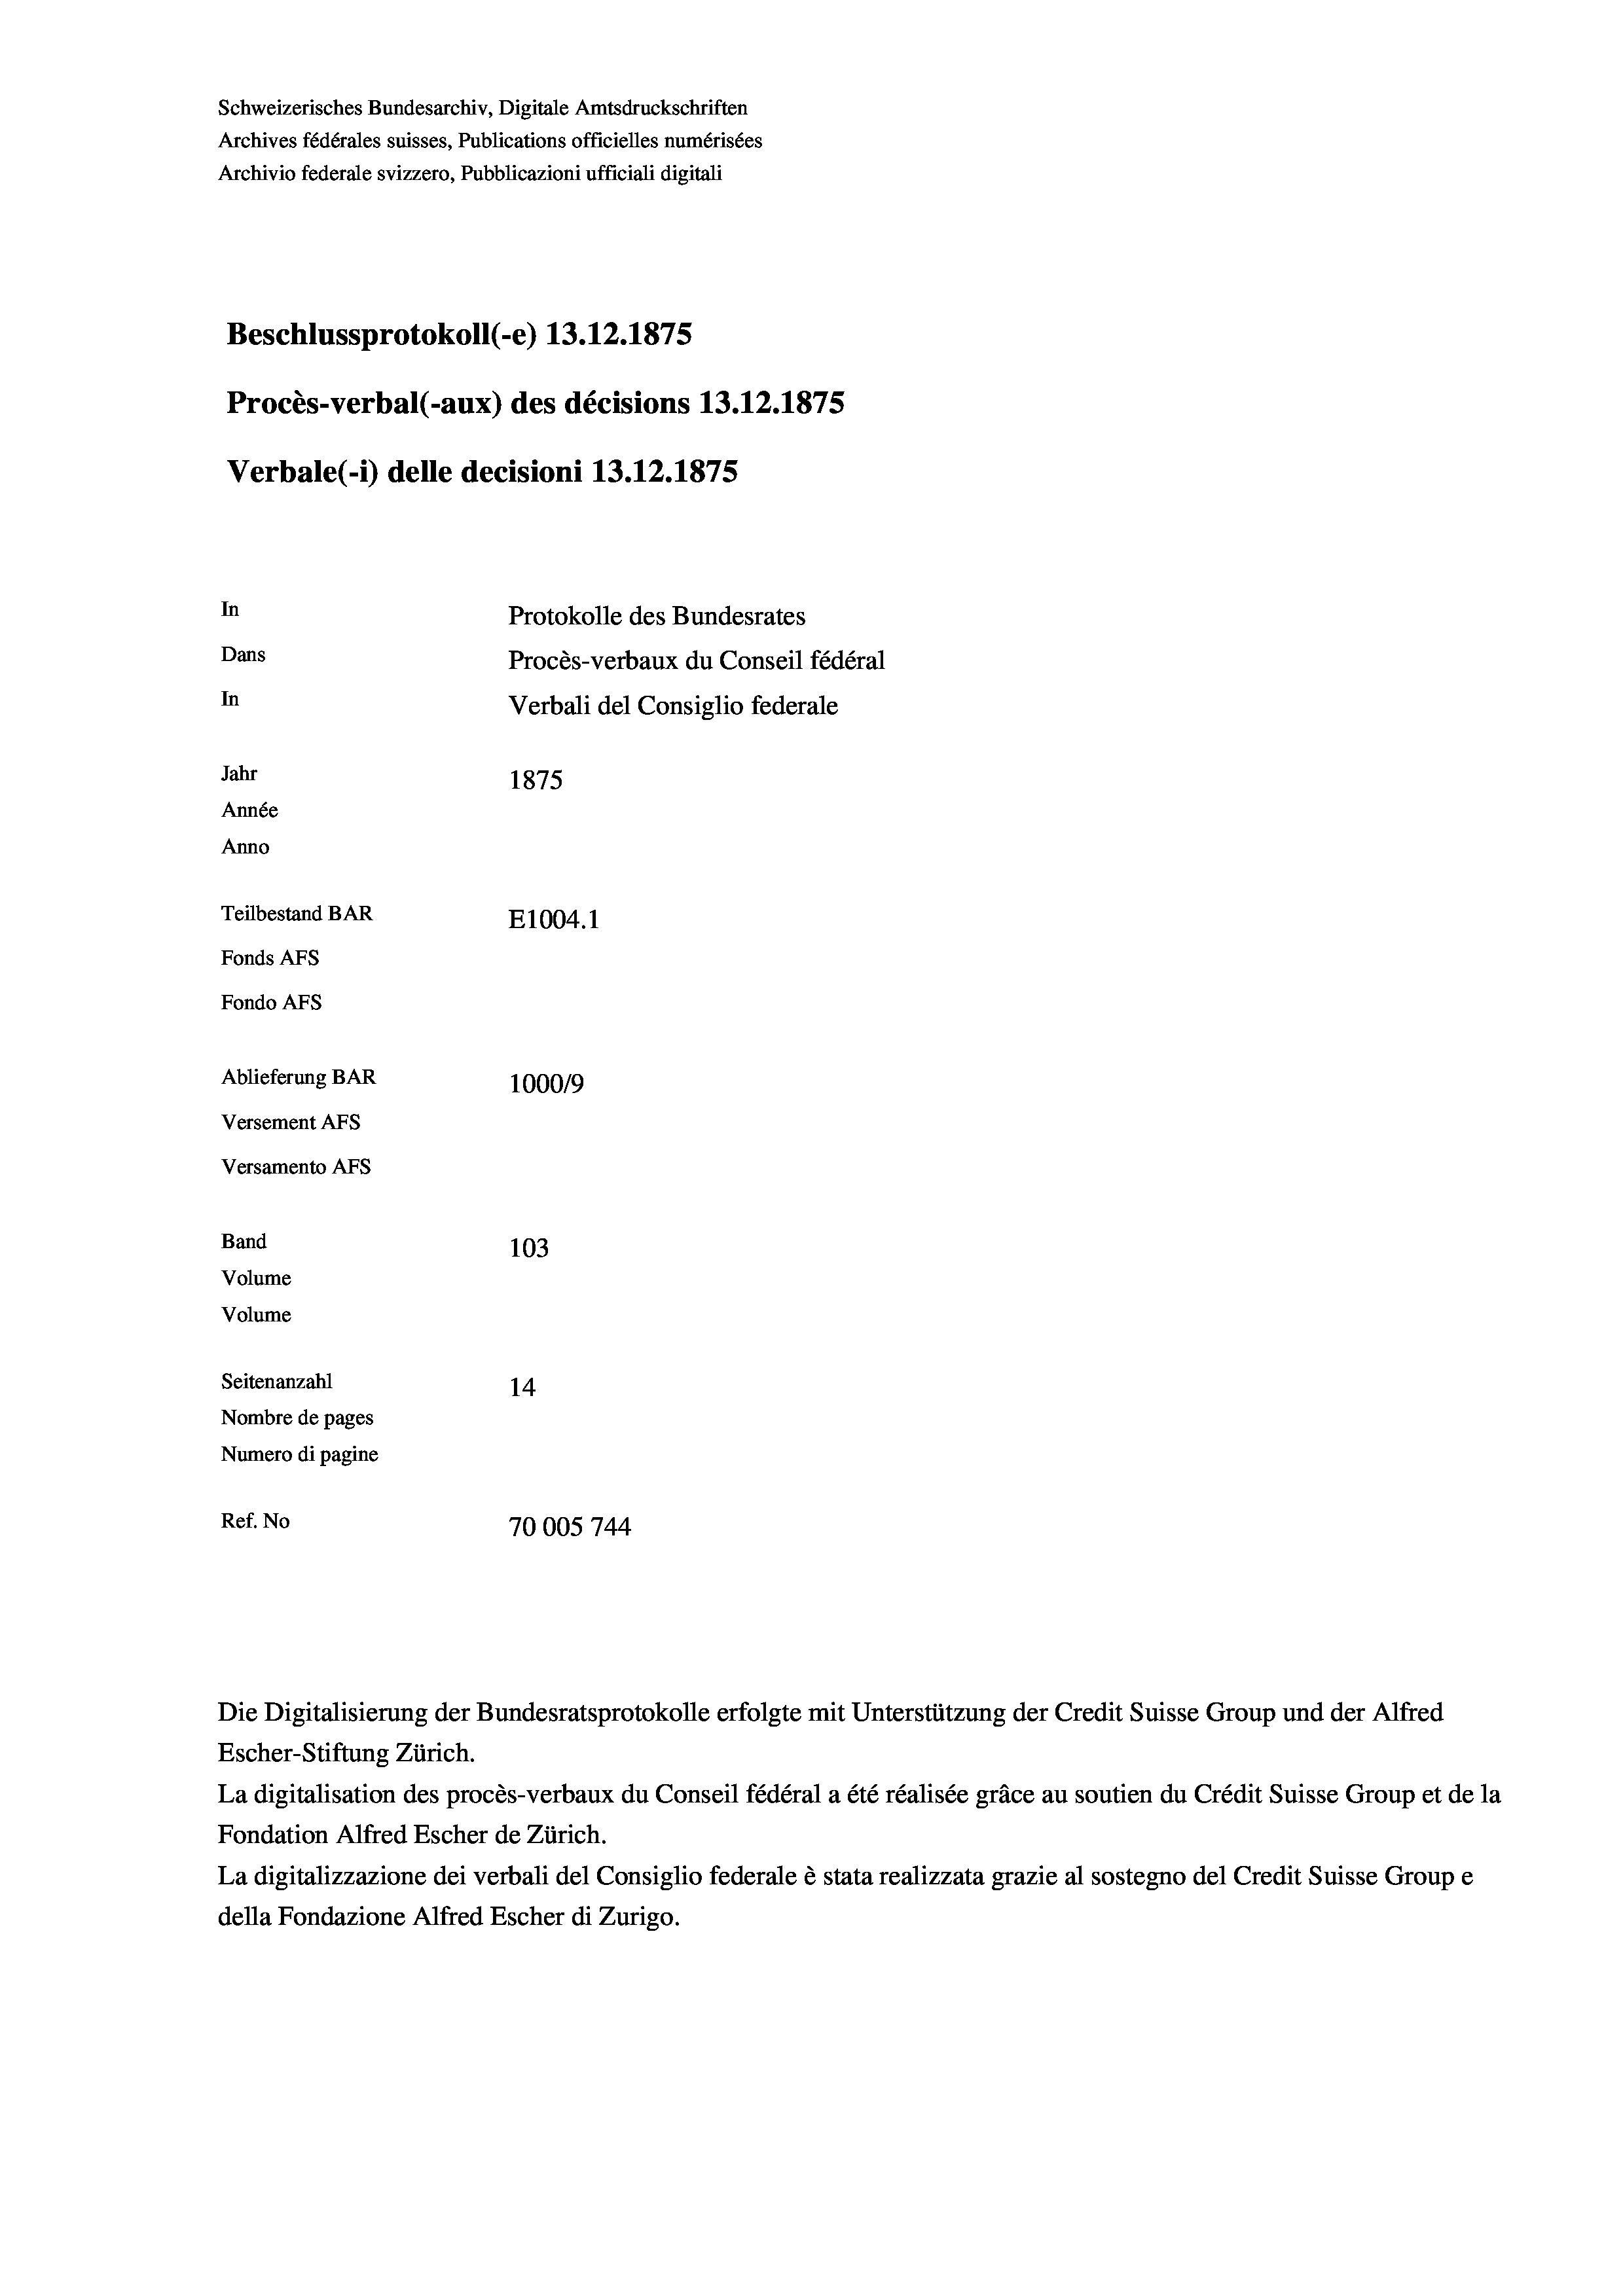
Schweizerisches Bundesarchiv, Digitale Amtsdruckschriften
Archives fédérales suisses, Publications officielles numérisées
Archivio federale svizzero, Pubblicazioni ufficiali digitali
Beschlussprotokoll (-e) 13.12.1875
Procès-verbal (-aux) des décisions 13.12.1875
Verbale (1) delle decisioni 13.12.1875
In
Protokolle des Bundesrates
Dans
Procès-verbaux du Conseil fédéral
In
Verbali del Consiglio federale
Jahr
1875
Année
Anno
Teilbestand BAR
E1004. 1
Fonds AFs
Fondo AFs
Ablieferung BAR
1000/9
Versement Abs
Versamento AFs

103
Volume
Seitenanzahl
14
Nombre de pages
Numero di pagine
Ref. No
70005 744

Band
Volume

Die Digitalisierung der Bundesratsprotokolle erfolgte mit Unterstützung der Credit Suisse Group und der Alfred
Escher-Stiftung Zürich.
La digitalisation des procès-verbaux du Conseil fédéral a été réalisée gräce au soutien du Crédit Suisse Group et de la
Fondation Alfred Escher de Zürich.
La digitalizzazione dei verbali del Consiglio federale è stata realizzata grazie al sostegno del Credit Suisse Groupe
della Fondazione Alfred Escher di Zurigo.